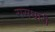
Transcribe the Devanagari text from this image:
रासधारी